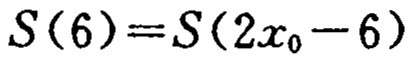
\(S(6)=S(2x_{0}-6)\)